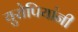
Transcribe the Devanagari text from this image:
युरोपियांनी